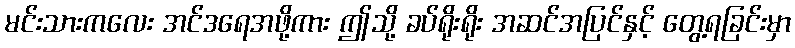
မင်းသားကလေး အင်ဒရေအဖို့ကား ဤသို့ ခပ်ရိုးရိုး အဆင်အပြင်နှင့် တွေ့ရခြင်းမှာ